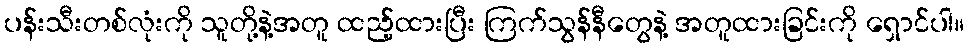
ပန်းသီးတစ်လုံးကို သူတို့နဲ့အတူ ထည့်ထားပြီး ကြက်သွန်နီတွေနဲ့ အတူထားခြင်းကို ရှောင်ပါ။